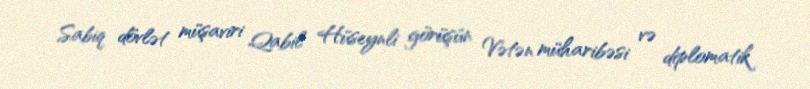
Sabiq dövlət müşaviri Qabil Hüseynli görüşün Vətən müharibəsi və diplomatik